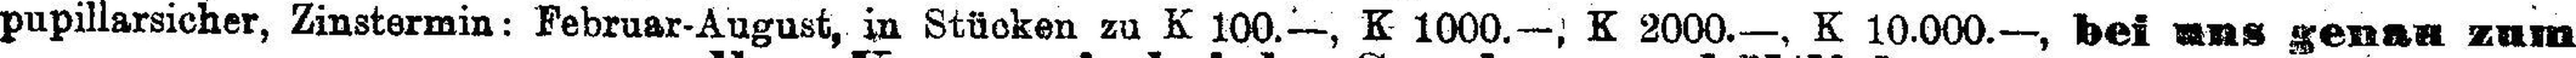
pupillarsicher, Zinstermin: Februar-August, in Stücken zu K 100.—, K 1000.—, K 2000.—, K 10.000.—, bei uns genau zum